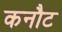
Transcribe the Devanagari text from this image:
कनौट